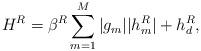
LaTeX: \begin{align*} H^R = \beta^R\sum_{m=1}^M |g_m| |h^R_m| + h^R_d,\end{align*}